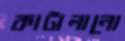
কাটালানো